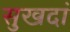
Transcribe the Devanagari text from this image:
सुखदां